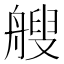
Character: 艘